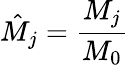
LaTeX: \hat{M}_{j}=\frac{M_{j}}{M_{0}}